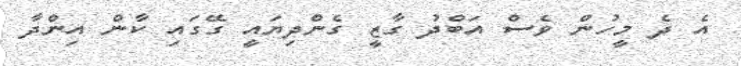
އެ ދެ މީހުން ވެސް އަބްދު ގާޒީ ގެންދިޔައީ ގޭގައި ކާން އިންދާ